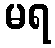
မရ